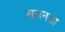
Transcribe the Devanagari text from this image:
समनता